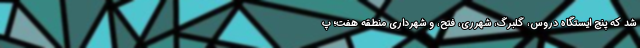
شد که پنج ایستگاه دروس، گلبرگ، شهرری، فتح، و شهرداری منطقه هفت؛ پ